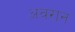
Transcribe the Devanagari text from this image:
अवरान